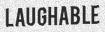
LAUGHABLE